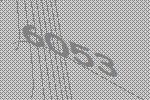
6053